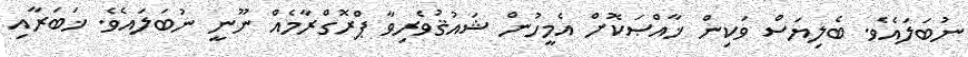
ނުބަލައެވެ. ބެލިޔަސް ވަކިން ޚާއްޞަކޮށް އެމީހުން ޝައުޤުވެރިވާ ޕްރޮގްރާމެއް ނޫނީ ނުބަލައެވެ. ޚަބަރާއި